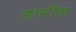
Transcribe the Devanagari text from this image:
डगरीया